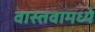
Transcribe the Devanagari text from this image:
वास्तवामध्ये